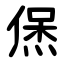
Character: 㷛